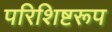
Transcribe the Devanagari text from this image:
परिशिष्टरूप